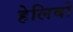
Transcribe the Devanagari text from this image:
हेलिबो